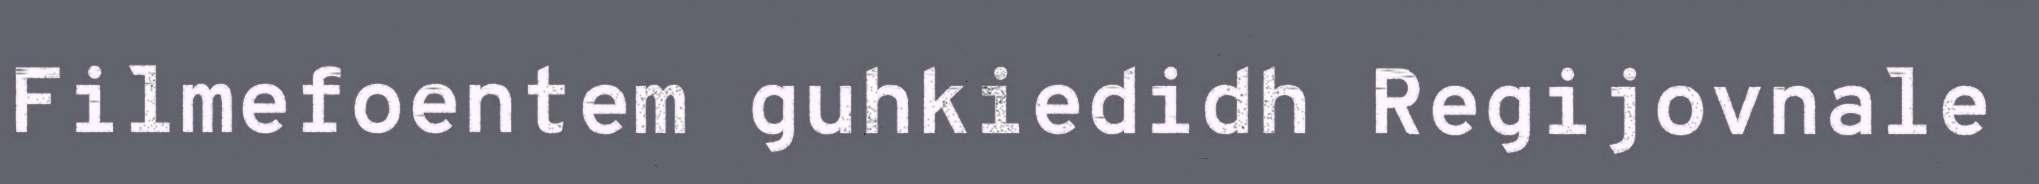
Filmefoentem guhkiedidh Regijovnale